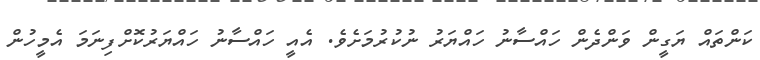
ކަންތައް ޔަގީން ވަންދެން ހައްސާނު ހައްޔަރު ނުކުރުމަށެވެ. އެއީ ހައްސާނު ހައްޔަރުކޮށްފިނަމަ އެމީހުން